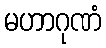
မဟာဂုဏံ